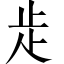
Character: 歨